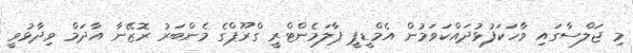
މި ޖަލްސާގައި ވާހަކަފުޅުދައްކަވަމުން އެމްޑީޕީ ޕާލަމެންޓްރީ ގްރޫޕްގެ މެންބަރު ރޮޒޭނާ އާދަމް ވިދާޅުވީ